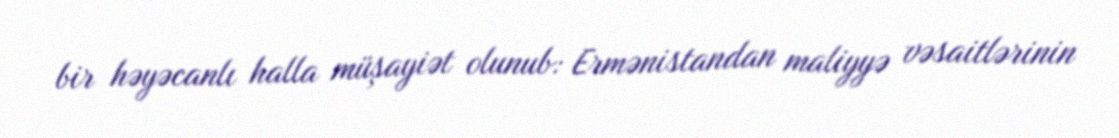
bir həyəcanlı halla müşayiət olunub: Ermənistandan maliyyə vəsaitlərinin